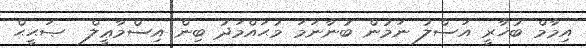
އިމާމް ބުޚާރީ އަސްލު ނަމުން ބުނާނަމަ މުޙައްމަދު ބިން އިސްމާޢީލް  ޞަޙީޙް